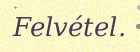
Felvétel.